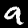
Digit: 9